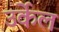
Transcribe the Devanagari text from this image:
उर्केल